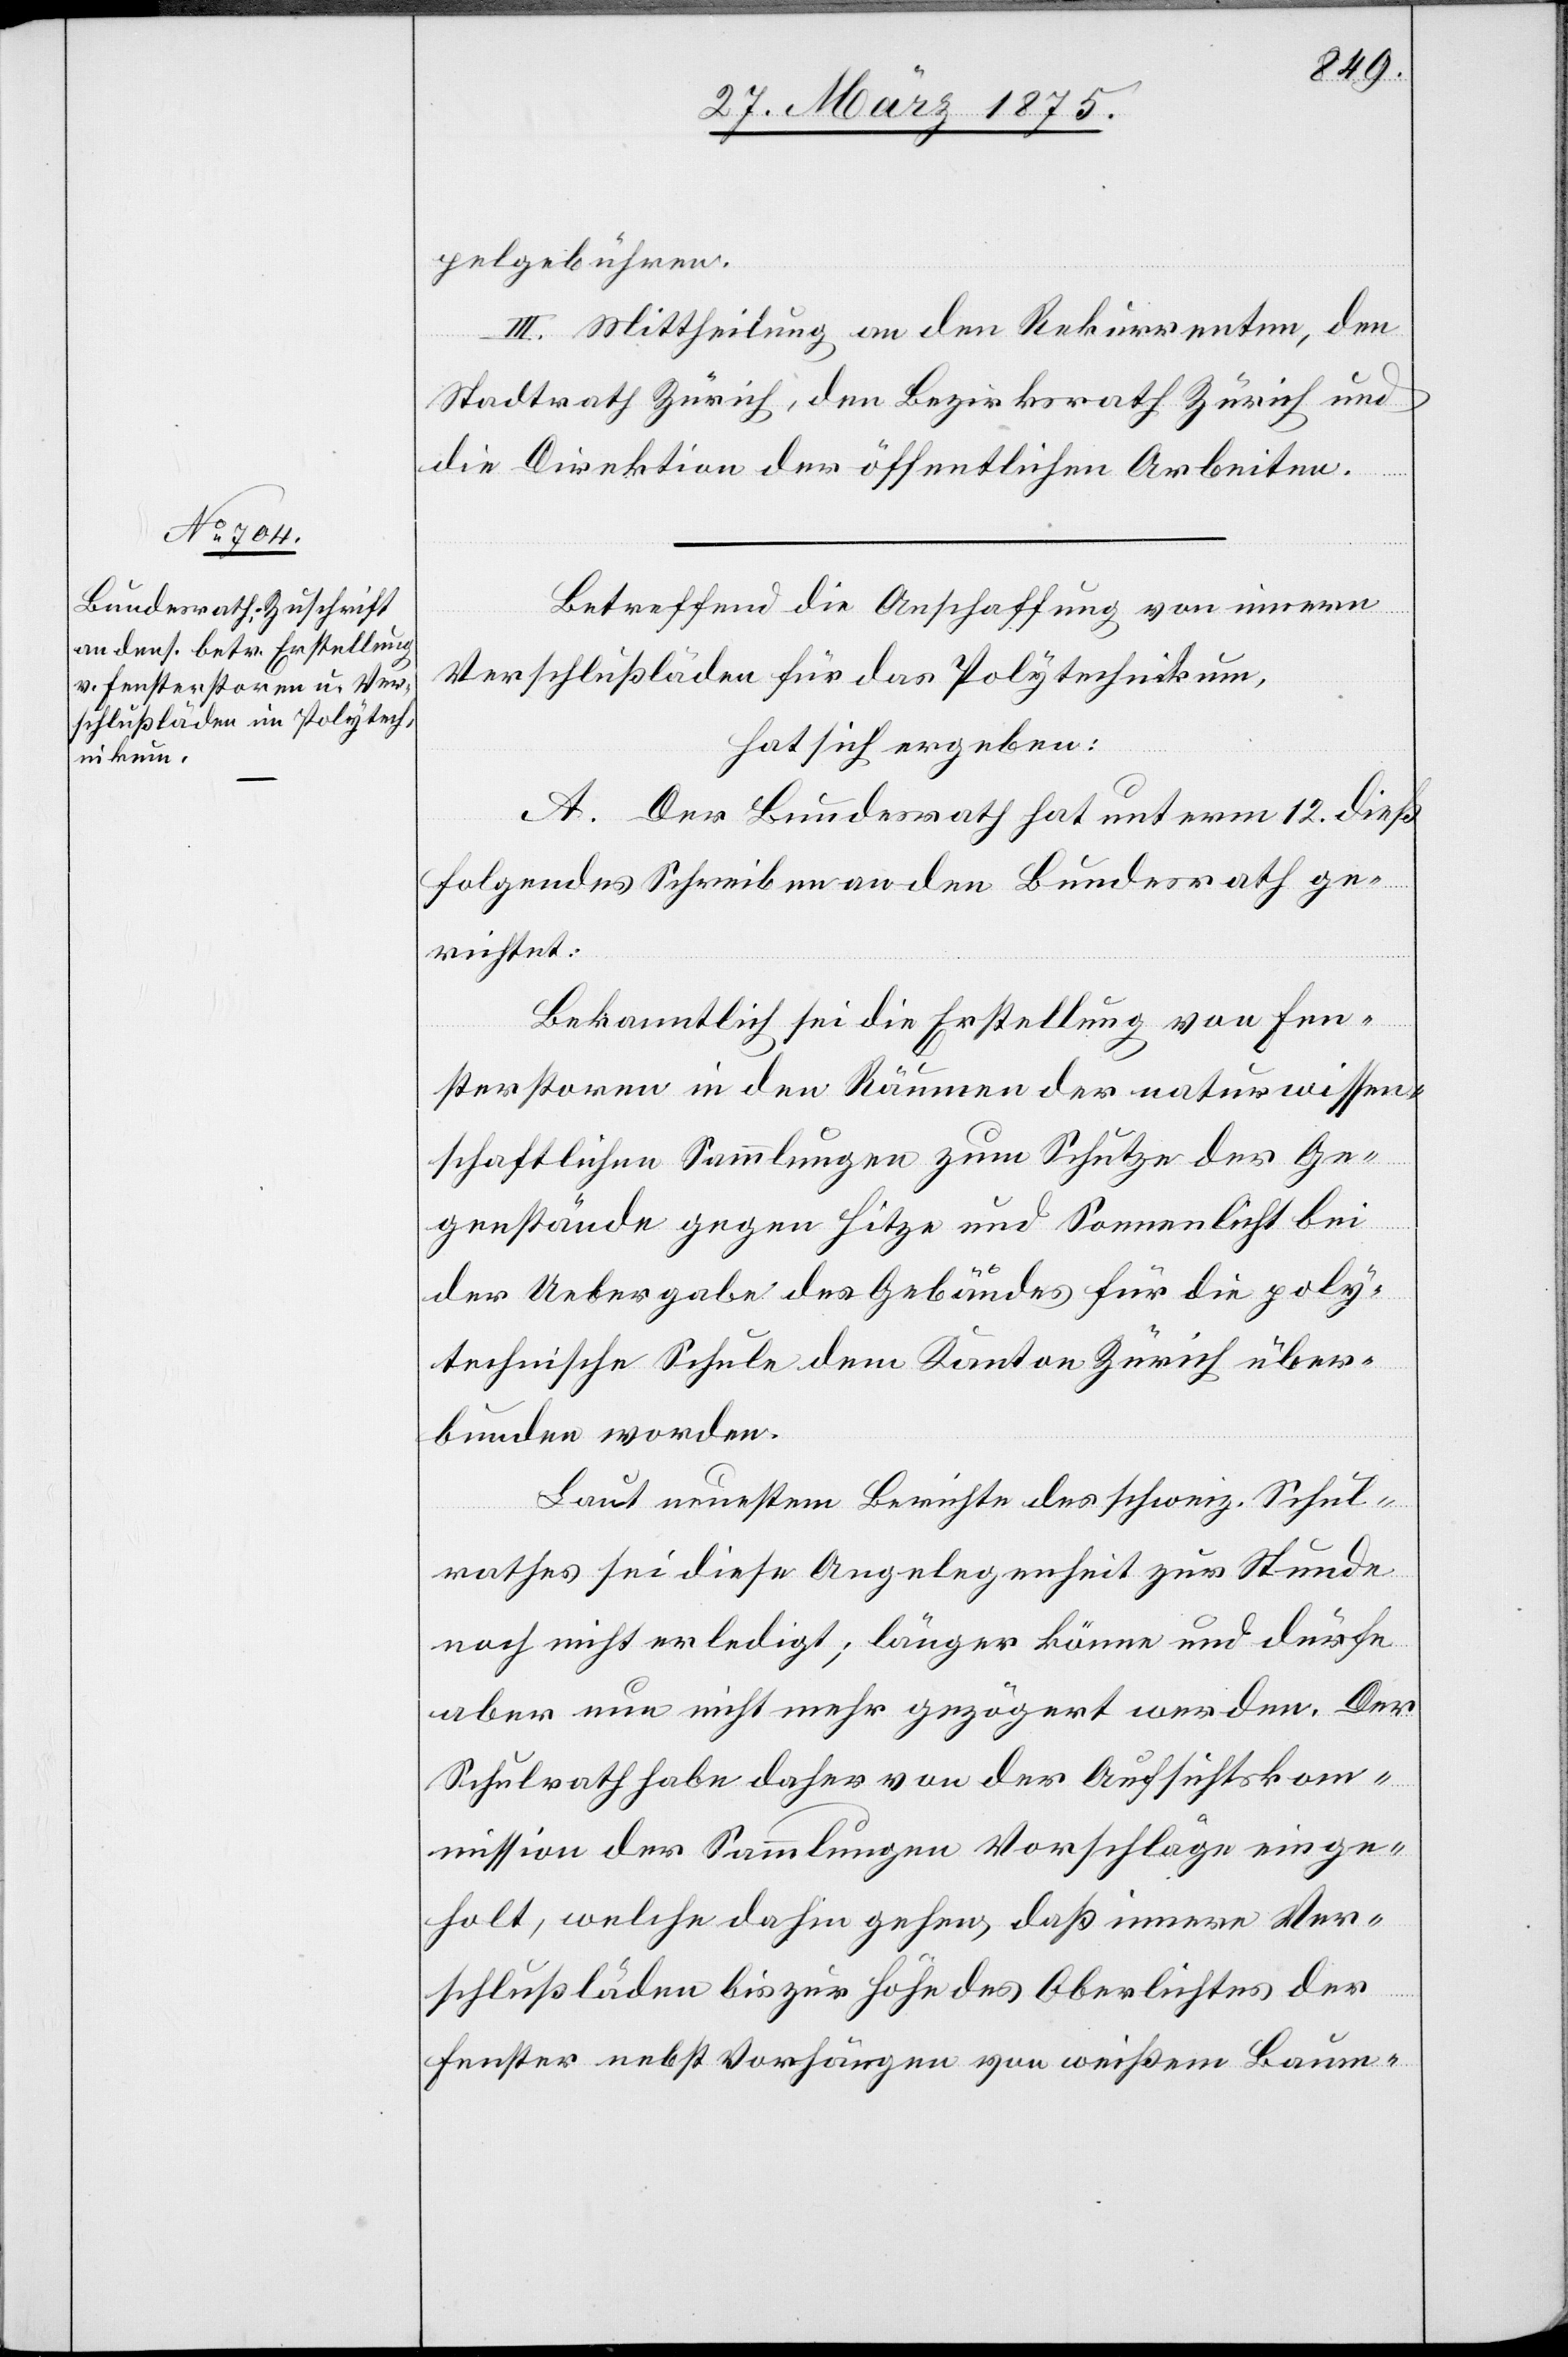
pelgebühren.
III. Mittheilung an den Rekurrenten, den
Stadtrath Zürich, den Bezirksrath Zürich und
die Direktion der öffentlichen Arbeiten.
Betreffend die Anschaffung von innern
Verschlußläden für das Polytechnikum,
hat sich ergeben:
A. Der Bundesrath hat unterm 12. dieß.
folgendes Schreiben an den Bundesrath ge¬
richtet:
Bekanntlich sei die Erstellung von Fen¬
sterstorren in den Räumen der naturwissen¬
schaftlichen Sammlungen zum Schutze der Ge¬
genstände gegen Hitze und Sonnenlicht bei
der Uebergabe des Gebäudes für die poly¬
technische Schule dem Kanton Zürich über¬
bunden worden.
Laut neuestem Berichte des schweiz. Schul¬
rathes sei diese Angelegenheit zur Stunde
noch nicht erledigt; länger könne und dürfe
aber nun nicht mehr gezögert werden. Der
Schulrath habe daher von der Aufsichtskom¬
mission der Sammlungen Vorschläge einge¬
holt, welche dahin gehen, daß innere Ver¬
schlußläden bis zur Höhe des Oberlichtes der
Fenster nebst Vorhängen von weißem Baum-